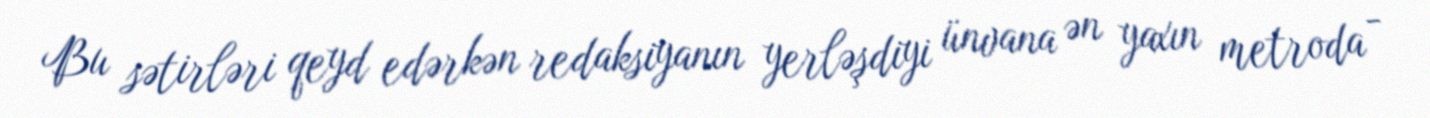
Bu sətirləri qeyd edərkən redaksiyanın yerləşdiyi ünvana ən yaxın metroda -